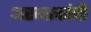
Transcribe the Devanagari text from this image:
अरगाकांची